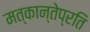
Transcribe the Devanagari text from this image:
मत्कान्तेप्रति